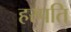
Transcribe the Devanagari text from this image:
हरपति